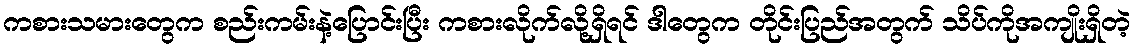
ကစားသမားတွေက စည်းကမ်းနဲ့ပြောင်းပြီး ကစားလိုက်လို့ရှိရင် ဒါတွေက တိုင်းပြည်အတွက် သိပ်ကိုအကျိုးရှိတဲ့